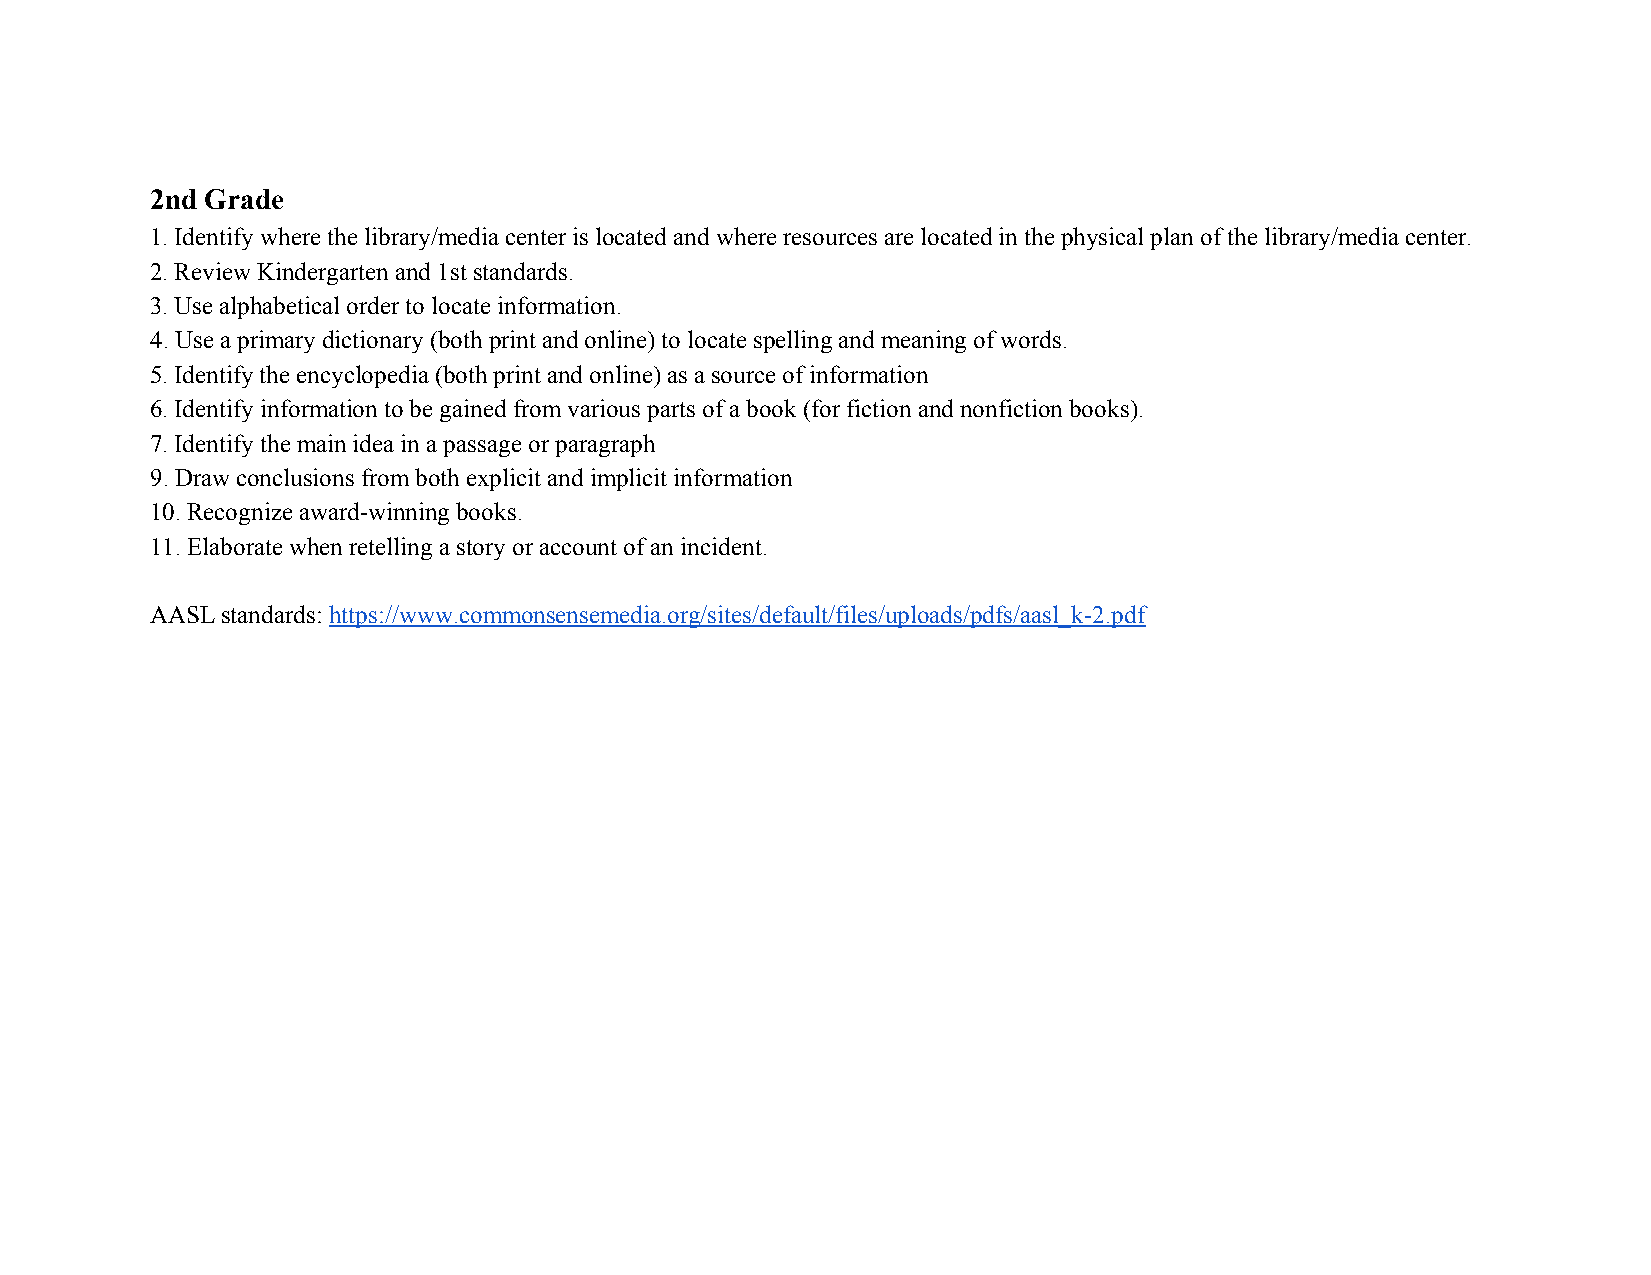
2nd Grade
 1. Identify where the library/media center is located and where resources are located in the physical plan of the library/media center.
 2. Review Kindergarten and 1st standards.
 3. Use alphabetical order to locate information.
 4. Use a primary dictionary (both print and online) to locate spelling and meaning of words.
 5. Identify the encyclopedia (both print and online) as a source of information
 6. Identify information to be gained from various parts of a book (for fiction and nonfiction books).
 7. Identify the main idea in a passage or paragraph
 9. Draw conclusions from both explicit and implicit information
 10. Recognize award-winning books.
 11. Elaborate when retelling a story or account of an incident.
 AASL standards: https://www.commonsensemedia.org/sites/default/files/uploads/pdfs/aasl_k-2.pdf
 ​